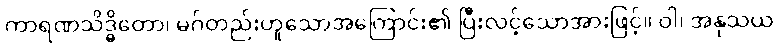
ကာရဏသိဒ္ဓိတော၊ မဂ်တည်းဟူသောအကြောင်း၏ ပြီးလင့်သောအားဖြင့်။ ဝါ၊ အနုသယ